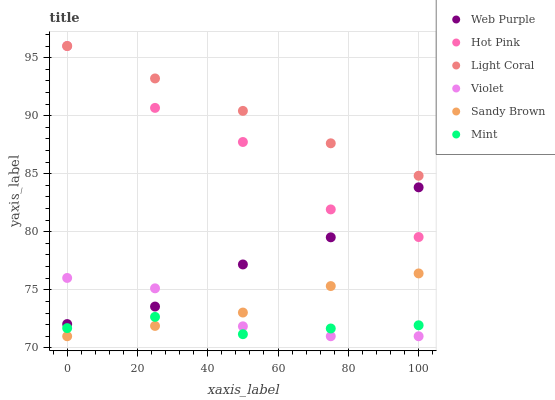
| xaxis_label | Web Purple | Hot Pink | Light Coral | Violet | Sandy Brown | Mint |
 | --- | --- | --- | --- | --- | --- | --- |
 | 0 | 72.1 | 96 | 96 | 76 | 71 | 71.7 |
 | 25 | 73.6 | 90.7 | 93.2 | 75.1 | 71.9 | 72.7 |
 | 50 | 77.2 | 87.7 | 90.4 | 71.9 | 73 | 71.2 |
 | 75 | 79.5 | 81.9 | 87.6 | 71 | 75.3 | 71.7 |
 | 100 | 83.8 | 79.5 | 84.8 | 71 | 76.4 | 71.9 |